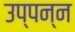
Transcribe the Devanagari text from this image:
उप्पन्न